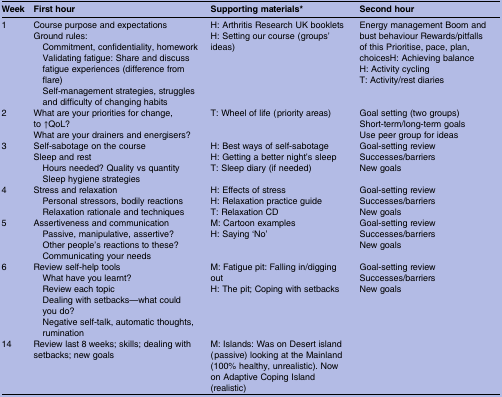
<table><thead><tr><td><b>Week</b></td><td><b>First hour</b></td><td><b>Supporting materials*</b></td><td><b>Second hour</b></td></tr></thead><tbody><tr><td>1</td><td>Course purpose and expectationsGround rules: Commitment, confidentiality, homework Validating fatigue: Share and discuss fatigue experiences (difference from flare) Self-management strategies, struggles and difficulty of changing habits</td><td>H: Arthritis Research UK bookletsH: Setting our course (groups’ ideas)</td><td>Energy management Boom and bust behaviour Rewards/pitfalls of this Prioritise, pace, plan, choicesH: Achieving balanceH: Activity cyclingT: Activity/rest diaries</td></tr><tr><td>2</td><td>What are your priorities for change, to ↑QoL?What are your drainers and energisers?</td><td>T: Wheel of life (priority areas)</td><td>Goal setting (two groups) Short-term/long-term goals Use peer group for ideas</td></tr><tr><td>3</td><td>Self-sabotage on the courseSleep and rest Hours needed? Quality vs quantitySleep hygiene strategies</td><td>H: Best ways of self-sabotageH: Getting a better night&#x27;s sleepT: Sleep diary (if needed)</td><td>Goal-setting reviewSuccesses/barriersNew goals</td></tr><tr><td>4</td><td>Stress and relaxation Personal stressors, bodily reactions Relaxation rationale and techniques</td><td>H: Effects of stressH: Relaxation practice guideT: Relaxation CD</td><td>Goal-setting reviewSuccesses/barriersNew goals</td></tr><tr><td>5</td><td>Assertiveness and communication Passive, manipulative, assertive?Other people&#x27;s reactions to these?Communicating your needs</td><td>M: Cartoon examplesH: Saying ‘No’</td><td>Goal-setting reviewSuccesses/barriersNew goals</td></tr><tr><td>6</td><td>Review self-help tools What have you learnt?Review each topicDealing with setbacks—what could you do?Negative self-talk, automatic thoughts, rumination</td><td>M: Fatigue pit: Falling in/digging outH: The pit; Coping with setbacks</td><td>Goal-setting reviewSuccesses/barriersNew goals</td></tr><tr><td>14</td><td>Review last 8 weeks; skills; dealing with setbacks; new goals</td><td>M: Islands: Was on Desert island (passive) looking at the Mainland (100% healthy, unrealistic). Now on Adaptive Coping Island (realistic)</td><td></td></tr></tbody></table>